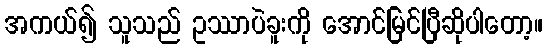
အကယ်၍ သူသည် ဥဿာပဲခူးကို အောင်မြင်ပြီဆိုပါတော့။